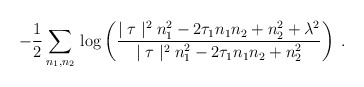
\begin{align*}\!\!\!\! - \frac{1}{2}\sum_{n_1,n_2} \, \log \left(\frac{\mid \tau \mid^2 n_1^2 - 2 \tau_1 n_1 n_2+ n_2^2 + \lambda^2}{\mid \tau \mid^2 n_1^2 -2 \tau_1 n_1 n_2 + n_2^2}\right) \;.\end{align*}